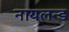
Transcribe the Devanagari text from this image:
नायलन्ड